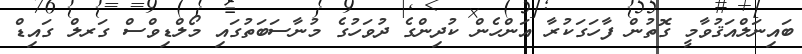
ބައިނަލްއަޤުވާމީ ގޮތުން ފާހަގަކުރާ އަންހެން ކުދިންގެ ދުވަހުގެ މުނާސަބަތުގައި މޯލްޑިވްސް ގަރލް ގައިޑް